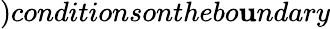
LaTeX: )conditionsonthebo\mathbf{u}ndary